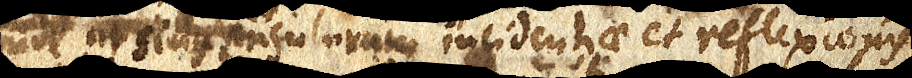
incidentiae et reflexionis